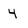
Character: 4